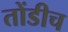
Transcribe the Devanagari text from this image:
तोंडीच